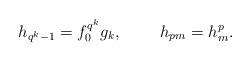
LaTeX: \begin{align*} h_{q^k-1} = f_0^{q^k} g_k,\ \ \ \ \ \ \ h_{pm} = h_m^p.\end{align*}